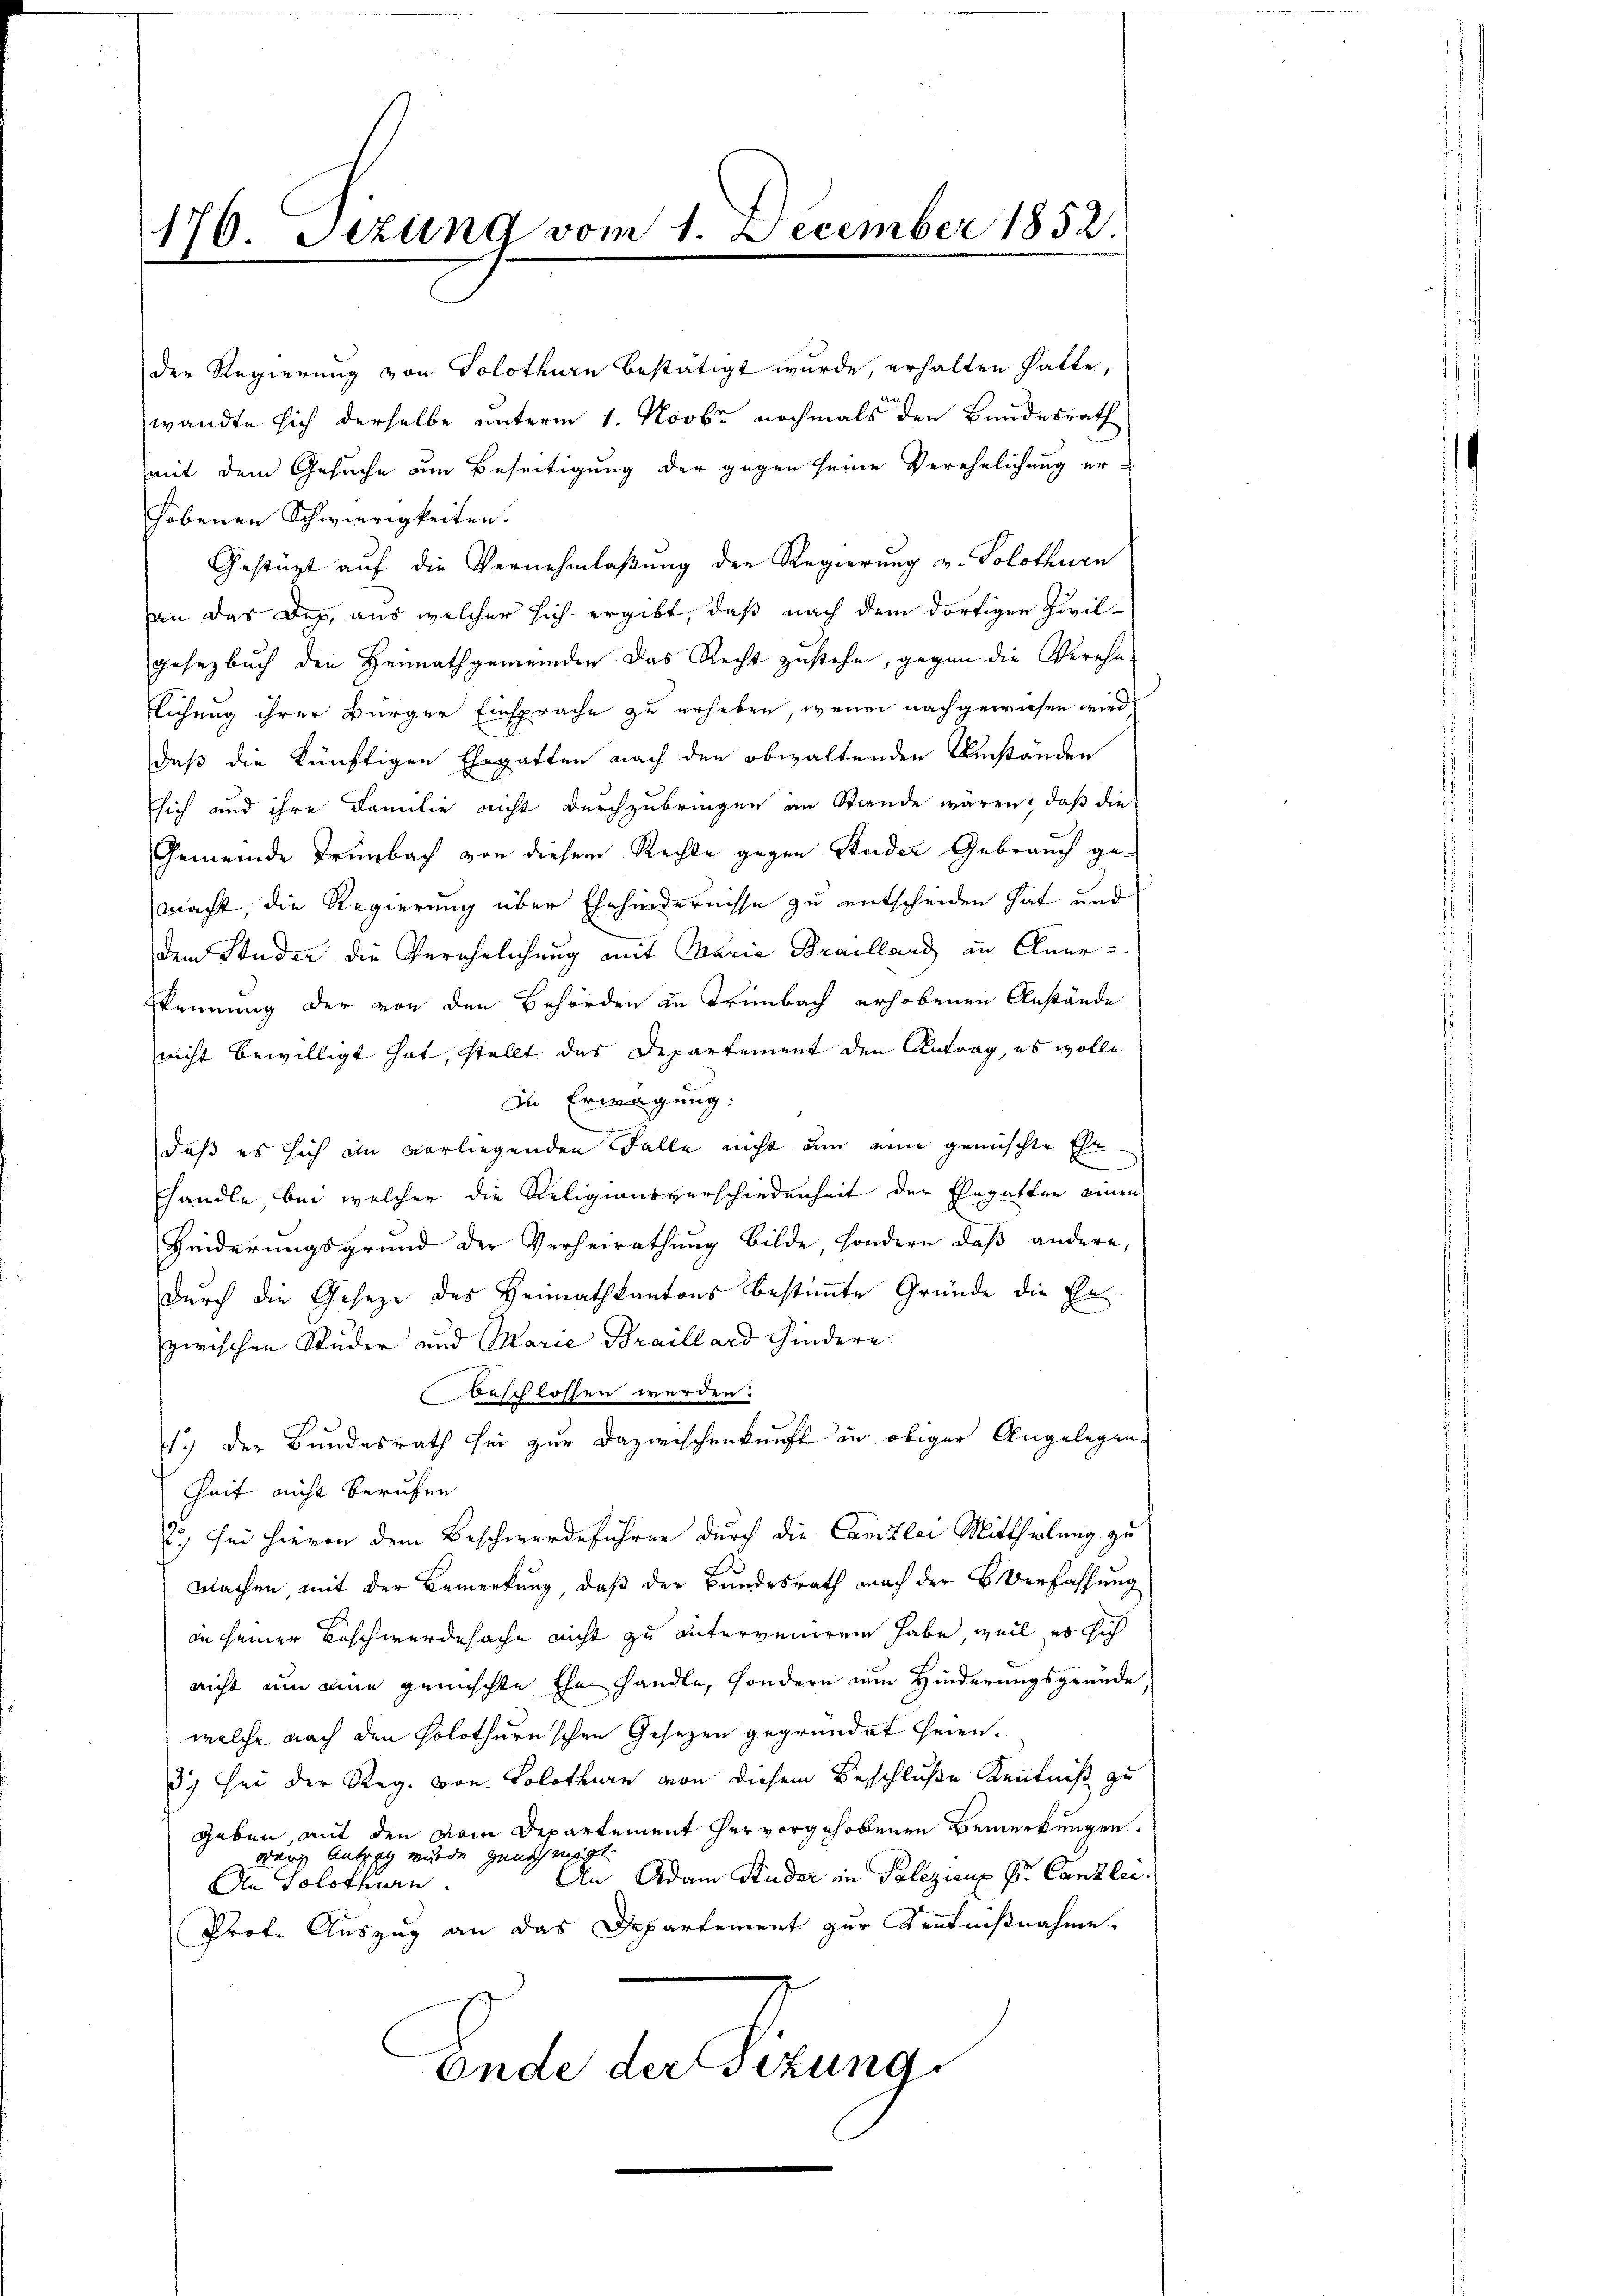
176. Setzung vom 1. December 1852.
.

der Regierung von Solothurn bestätigt wurde, erhalten hatte,
wandte sich derselbe unterm 1. Novbr nochmals den Bundesrath
mit dem Gesuche um Beseitigung der gegen seine Verehelichung er-
hobenen Schwierigkeiten.
Gestüzt auf die Vernehmlaßung der Regierung v. Solothurn
an das Dep. aus welcher sich ergibt, daß nach dem dortigen Zivilgesagbuch den Heimathgemeinden das Recht zustehen, gegen die Verehe
lichung ihrer Bürger Einsprache zu erheben, wenn nachgewiesen wird,
daß die künftigen Ehegatten nach den obwaltenden Umständen
sich und ihre Familie nicht durchzubringen an Stande wären, daß die
Gemeinde Trünbach von diesem Rechte gegen Studer Gebrauch gemacht, die Regierung über Ehehindernisse zu entscheiden hat und
dem Studer die Verehelichung mit Maria Brailland in Aner
kennung der von den Behörden in Trimbach erhobenen Anstände
nicht bewilligt hat, stellt das Departement den Antrag, es wolle
In Erwägung:
ainung
daß es sich in vorliegenden Falle nicht um eine gemischte Ehe
handle bei welcher die Religionsverschiedenheit der Ehegatten einen
Heiderungsgrund der Verheirathung bilde, sondern daß andere,
durch die Gesetze des Heimathkantons bestimmte Gründe die En
zwischen Studer und Marie Braillard hindere
beschlossen werden.
4.) Der Bundesrath sei zur Dazwischenkunft in obiger Angelegen¬
Zeit nicht berufen
2.) Sei hievon dem Beschwerdeführen durch die Canzlei Mittheilung zu
Wachen, mit der Bemerkung, daß der Bundesrath nach der B. Verfassung
in seiner Beschwerdesache nicht zu unterveniren habe, weil es sich
nicht nun eine gemischte Ehe handle, sondern zum Hinderungsgründe,
welche nach den holothurnschen Gesetzen gegründet seien.
3.) Sei der Reg. von Solothurn von diesem Beschluße Kenntniß zu
geben, mit den vom Departement hervorgehobenen Bemerkungen.
drang Antrag wurde genehmigt.
An Adam Studer in Polizienz Hr. Canzlei.
An Solothurn
Prof. Auszug an das Departement zur Kenntnißnahme.
Ende der Sitzung